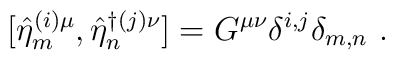
[\hat{\eta}^{(i)\mu}_{m}, \hat{\eta}^{\dagger (j) \nu}_{n}]  =G^{\mu\nu}\delta^{i,j}\delta_{m,n}~.